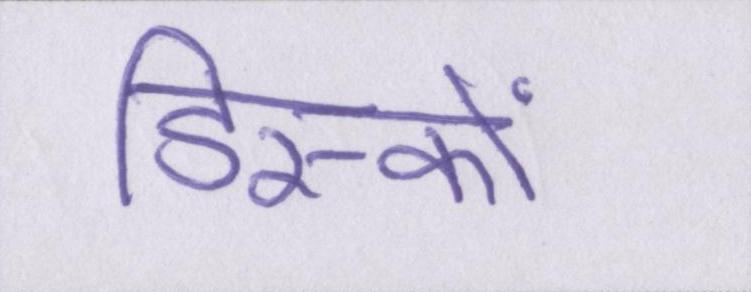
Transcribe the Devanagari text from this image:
डिस्कों